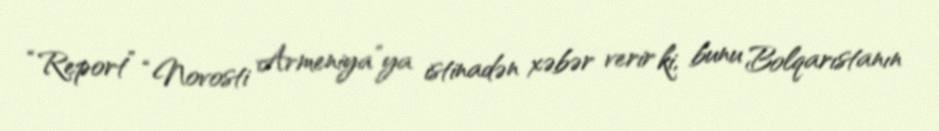
“Report” “Novosti Armeniya”ya istinadən xəbər verir ki, bunu Bolqarıstanın